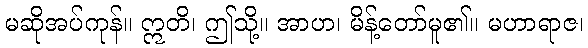
မဆိုအပ်ကုန်။ ဣတိ၊ ဤသို့။ အာဟ၊ မိန့်တော်မူ၏။ မဟာရာဇ၊